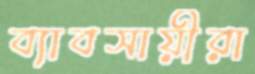
ব্যাবসায়ীরা